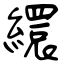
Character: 繯